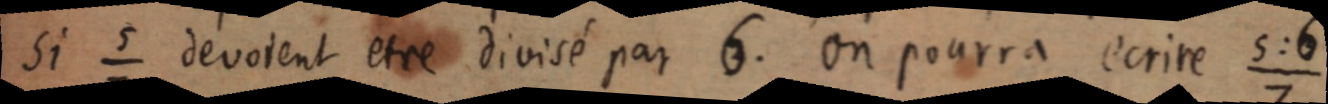
si ⁵⁄₇ devoient être divisé par 6. On pourra écrire 5:6/7